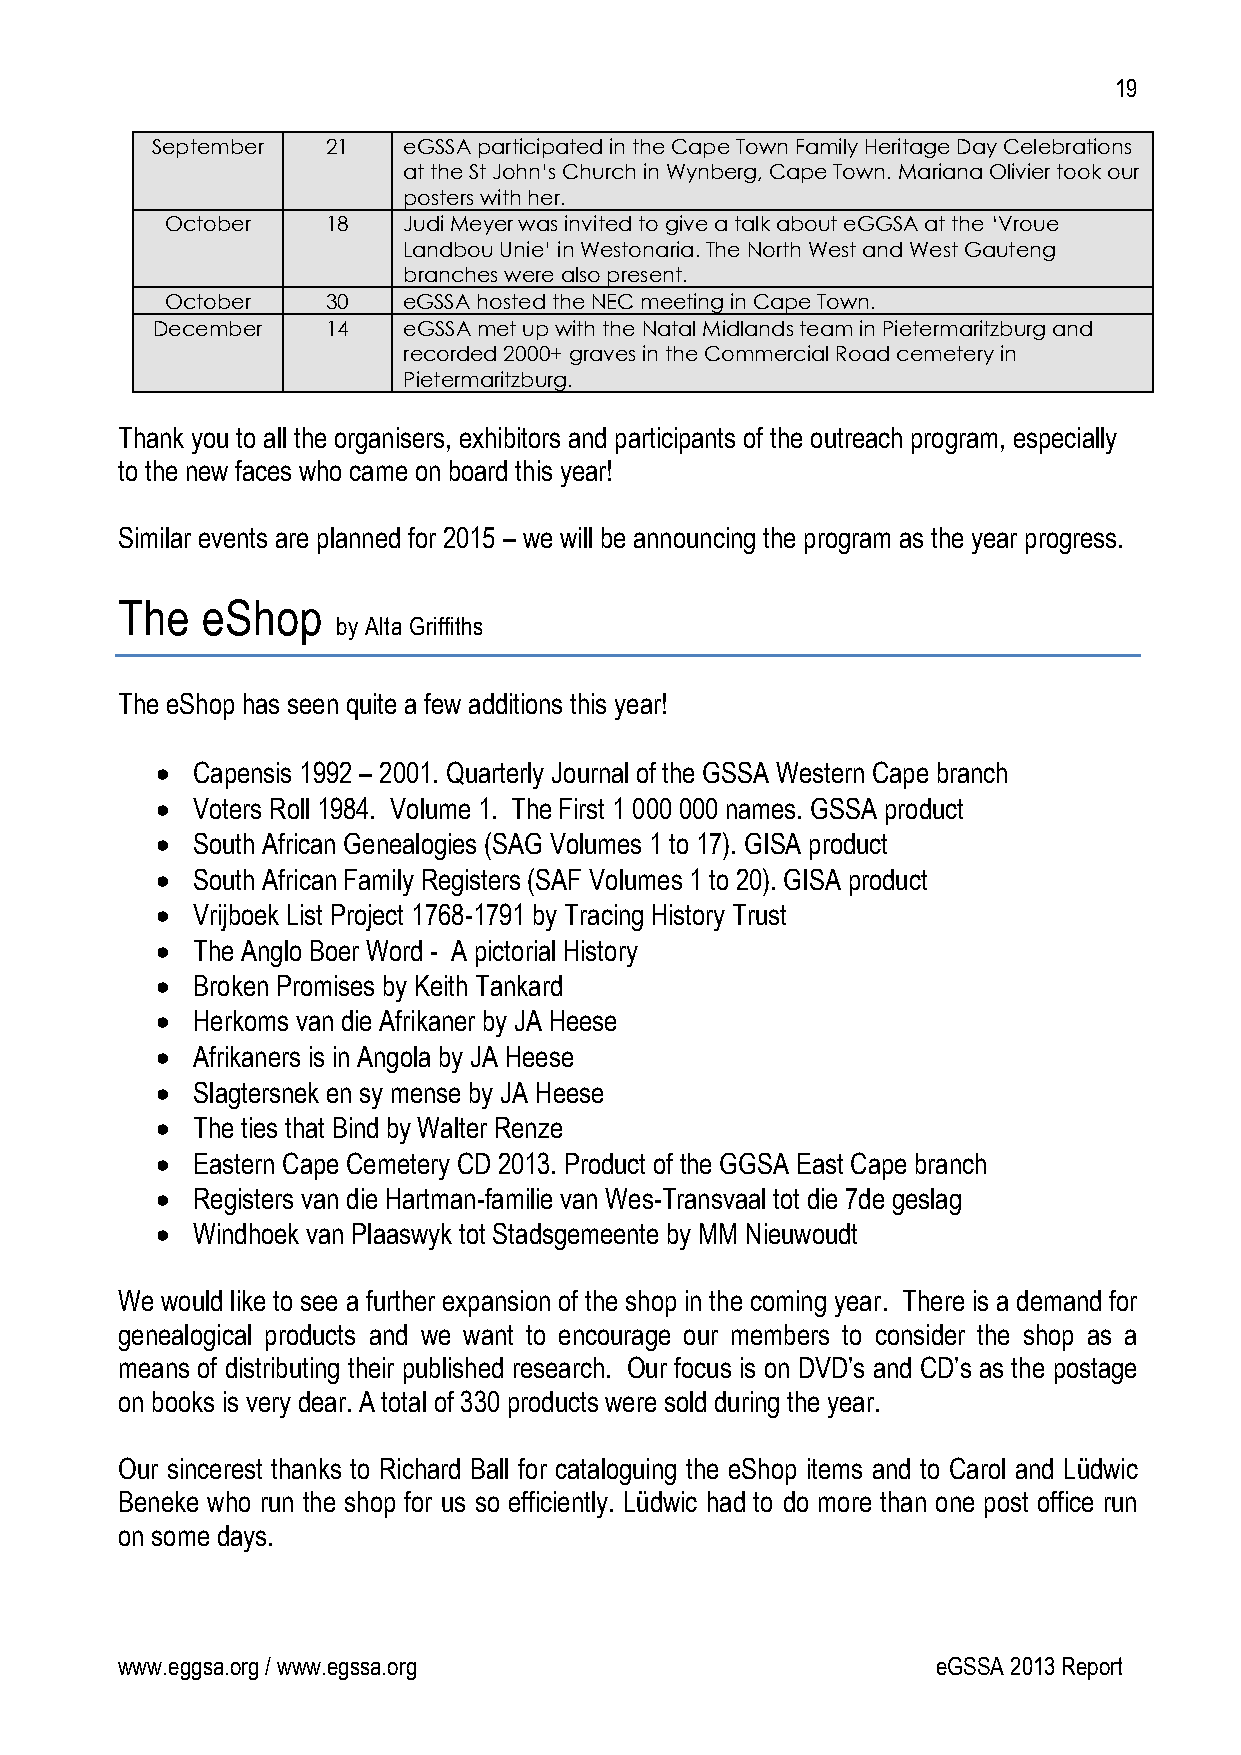
19
 September   21   eGSSA participated in the Cape Town Family Heritage Day Celebrations
 at the St John’s Church in Wynberg, Cape Town. Mariana Olivier took our
 posters with her.
 October    18   Judi Meyer was invited to give a talk about eGGSA at the ‘Vroue
 Landbou Unie’ in Westonaria. The North West and West Gauteng
 branches were also present.
 October    30   eGSSA hosted the NEC meeting in Cape Town.
 December    14   eGSSA met up with the Natal Midlands team in Pietermaritzburg and
 recorded 2000+ graves in the Commercial Road cemetery in
 Pietermaritzburg.
 Thank you to all the organisers, exhibitors and participants of the outreach program, especially
 to the new faces who came on board this year!
 Similar events are planned for 2015 – we will be announcing the program as the year progress.
 The  eShop
 by Alta Griffiths
 The eShop has seen quite a few additions this year!
   Capensis 1992 – 2001. Quarterly Journal of the GSSA Western Cape branch
   Voters Roll 1984. Volume 1. The First 1 000 000 names. GSSA product
   South African Genealogies (SAG Volumes 1 to 17). GISA product
   South African Family Registers (SAF Volumes 1 to 20). GISA product
   Vrijboek List Project 1768-1791 by Tracing History Trust
   The Anglo Boer Word - A pictorial History
   Broken Promises by Keith Tankard
   Herkoms van die Afrikaner by JA Heese
   Afrikaners is in Angola by JA Heese
   Slagtersnek en sy mense by JA Heese
   The ties that Bind by Walter Renze
   Eastern Cape Cemetery CD 2013. Product of the GGSA East Cape branch
   Registers van die Hartman-familie van Wes-Transvaal tot die 7de geslag
   Windhoek van Plaaswyk tot Stadsgemeente by MM Nieuwoudt
 We would like to see a further expansion of the shop in the coming year. There is a demand for
 genealogical products and we want to encourage our members to consider the shop as a
 means of distributing their published research. Our focus is on DVD’s and CD’s as the postage
 on books is very dear. A total of 330 products were sold during the year.
 Our sincerest thanks to Richard Ball for cataloguing the eShop items and to Carol and Lüdwic
 Beneke who run the shop for us so efficiently. Lüdwic had to do more than one post office run
 on some days.
 www.eggsa.org / www.egssa.org                         eGSSA 2013 Report